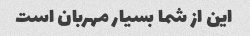
این از شما بسیار مهربان است